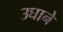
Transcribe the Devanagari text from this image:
उघाने